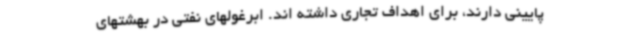
پایینی دارند، برای اهداف تجاری داشته اند. ابرغولهای نفتی در بهشتهای